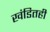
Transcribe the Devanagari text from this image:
खंडितही